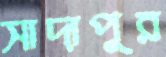
সাদাপুর